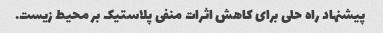
پیشنهاد راه حلی برای کاهش اثرات منفی پلاستیک بر محیط زیست.